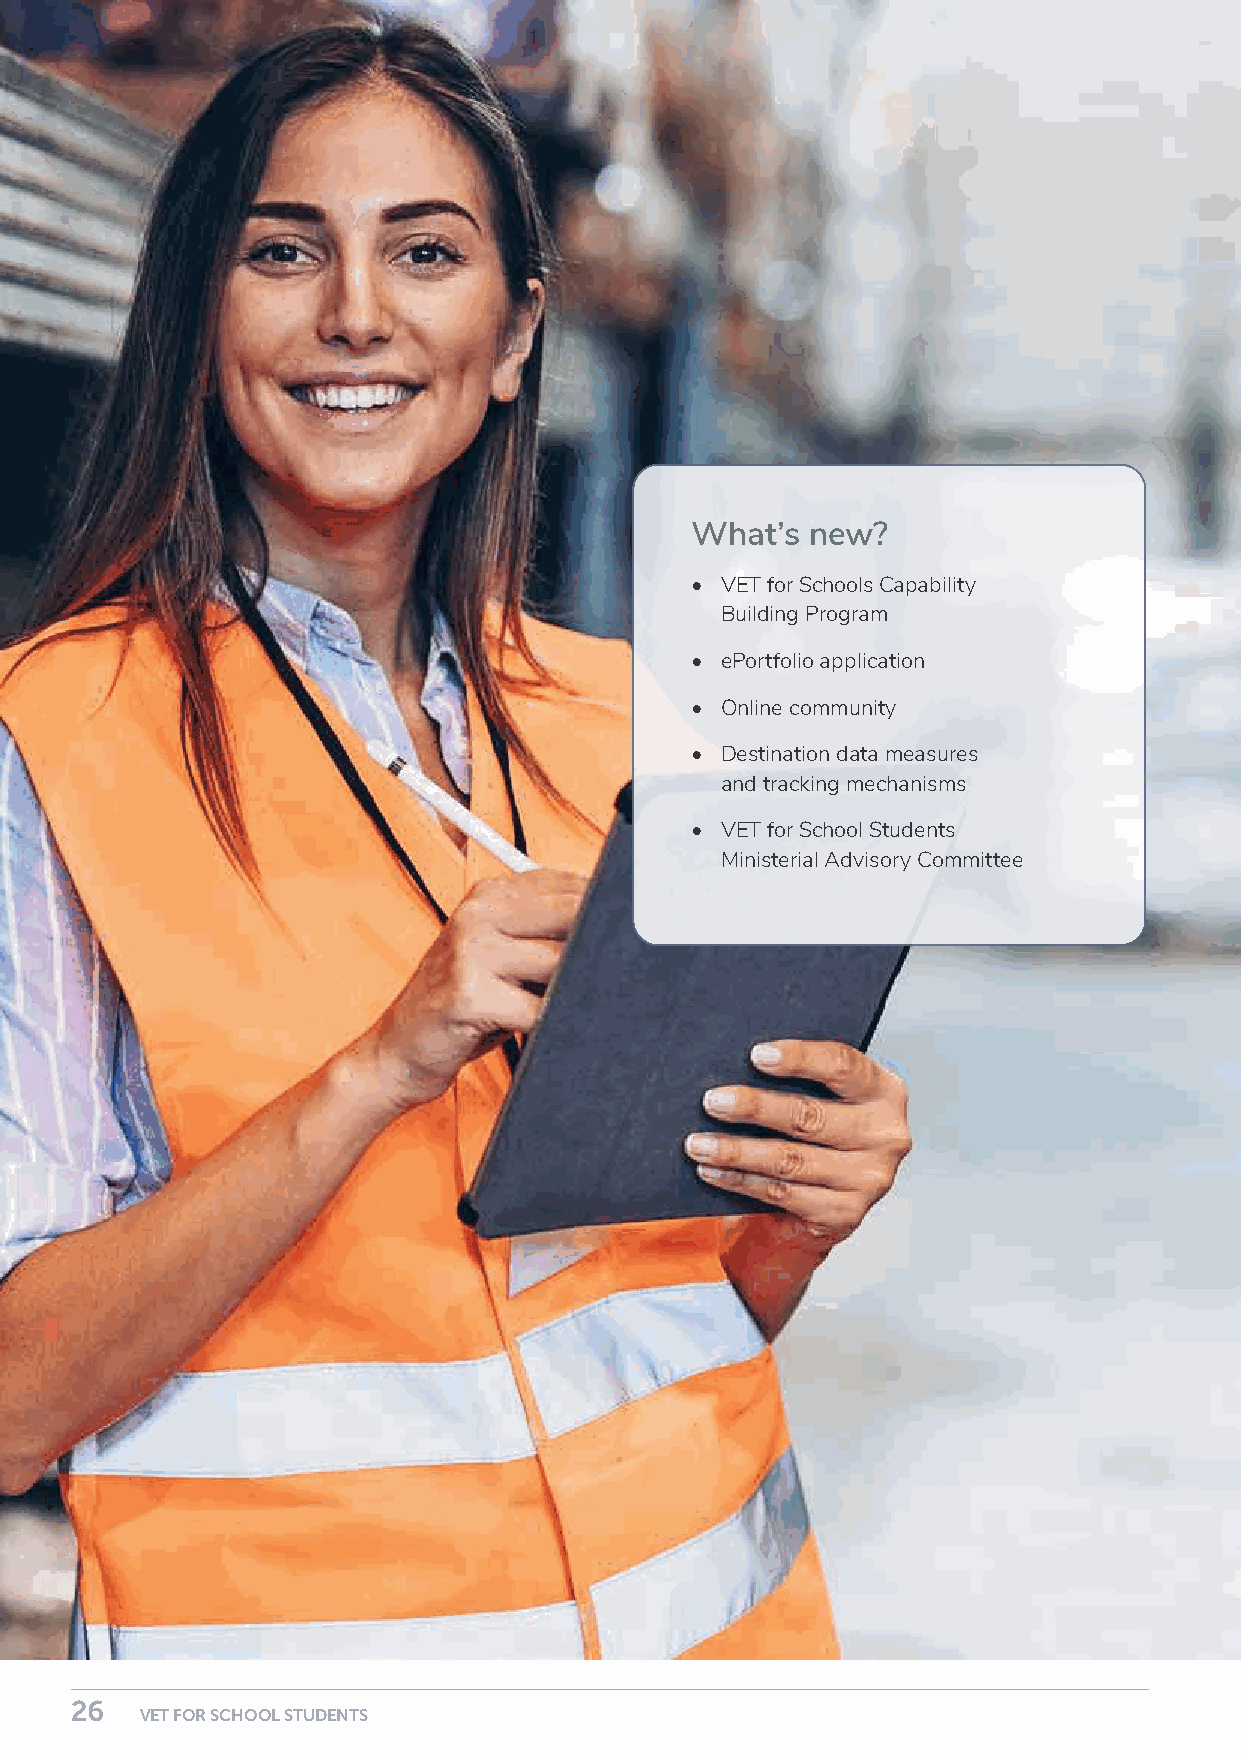
What’s  new?
 • VET for Schools Capability
 Building Program
 • ePortfolio application
 • Online community
 • Destination data measures
 and tracking mechanisms
 • VET for School Students
 Ministerial Advisory Committee
 26                                                                                                                                                       27
 VET FOR SCHOOL STUDENTS                                                                                                             VET FOR SCHOOL STUDENTS